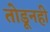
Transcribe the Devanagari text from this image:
तोडूनही